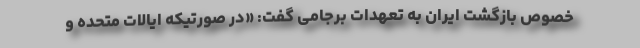
خصوص بازگشت ایران به تعهدات برجامی گفت: «در صورتیکه ایالات متحده و